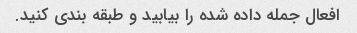
افعال جمله داده شده را بیابید و طبقه بندی کنید.